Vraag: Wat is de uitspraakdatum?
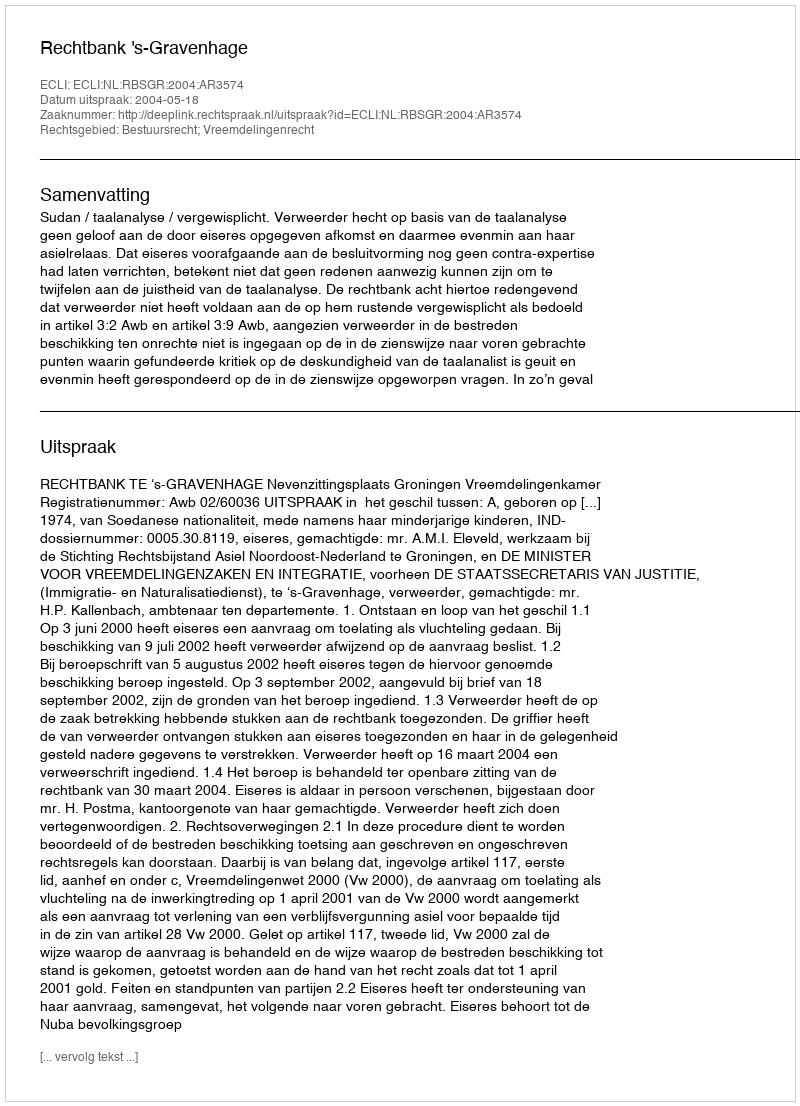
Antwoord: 2004-05-18